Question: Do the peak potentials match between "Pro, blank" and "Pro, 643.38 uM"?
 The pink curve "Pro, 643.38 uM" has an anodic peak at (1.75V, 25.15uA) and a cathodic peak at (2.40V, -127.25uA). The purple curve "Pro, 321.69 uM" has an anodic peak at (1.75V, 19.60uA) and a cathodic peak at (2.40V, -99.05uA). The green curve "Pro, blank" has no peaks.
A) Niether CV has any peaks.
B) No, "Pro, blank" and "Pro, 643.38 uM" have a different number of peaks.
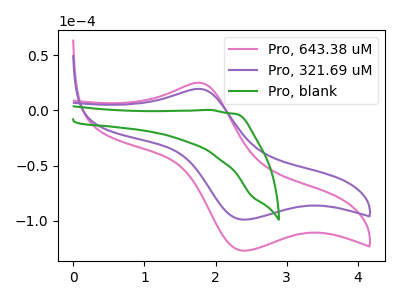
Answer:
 <answer>B) No, "Pro, blank" and "Pro, 643.38 uM" have a different number of peaks.</answer>
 <eval>B</eval>